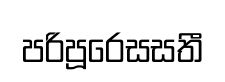
පරිපූරෙසසතී